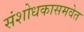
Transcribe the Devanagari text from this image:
संशोधकासमवेत